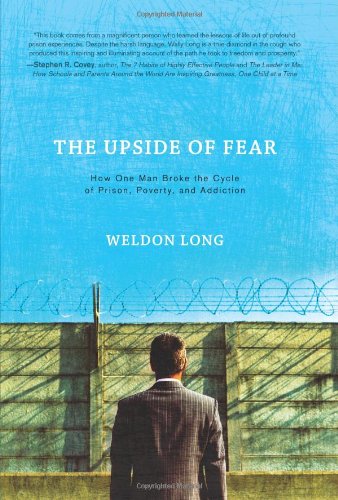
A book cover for The Upside of Fear: How One Man Broke the Cycle of Prison, Poverty, and Addiction; Weldon Long; Biographies & Memoirs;